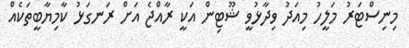
މިނިސްޓަރު މަލީހު މިއަދު ވިދާޅުވީ ޝޫޓިން އަކީ ރާއްޖެ އަށް ރަނގަޅު ކާމިޔާބީތަކެއް